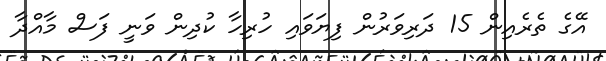
އޭގެ ތެރެއިން 15 ދަރިވަރުން ފިޔަވައި ހުރިހާ ކުދިން ވަނީ ފަސް މާއްދާ